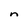
Character: n